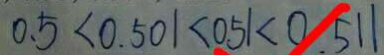
0 . 5 < 0 . 5 0 1 < 0 . 5 1 < 0 . 5 1 1